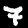
Label: 7